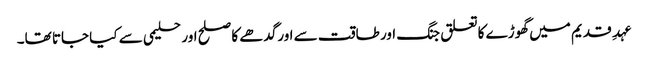
عہدِ قدیم میں گھوڑے کاتعلق جنگ اور طاقت سے اورگدھے کا صلح اور حلیمی سے کیا جاتا تھا۔